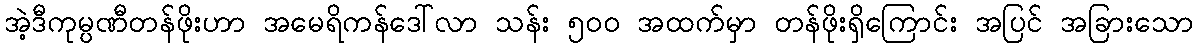
အဲ့ဒီကုမ္ပဏီတန်ဖိုးဟာ အမေရိကန်ဒေါ်လာ သန်း ၅၀၀ အထက်မှာ တန်ဖိုးရှိကြောင်း အပြင် အခြားသော